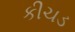
કીચડ